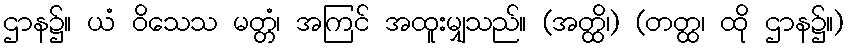
ဌာန၌။ ယံ ဝိသေသ မတ္တံ၊ အကြင် အထူးမျှသည်။ (အတ္ထိ၊) (တတ္ထ၊ ထို ဌာန၌။)